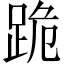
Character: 跪